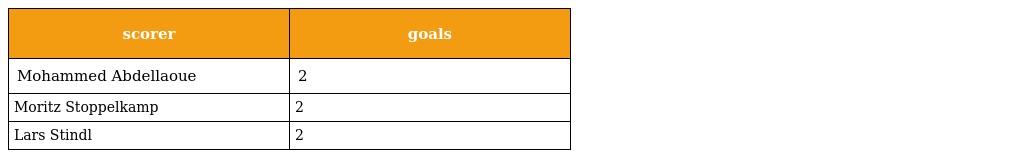
| scorer | goals |
 | --- | --- |
 | Mohammed Abdellaoue | 2 |
 | Moritz Stoppelkamp | 2 |
 | Lars Stindl | 2 |